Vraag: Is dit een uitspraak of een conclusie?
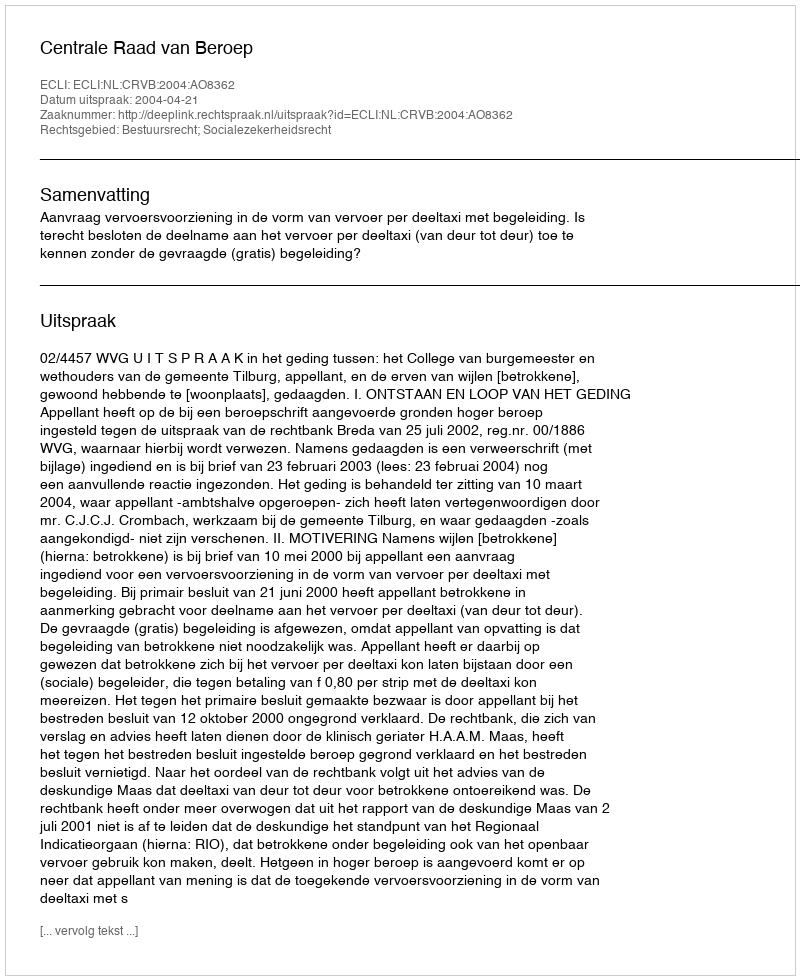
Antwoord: Uitspraak